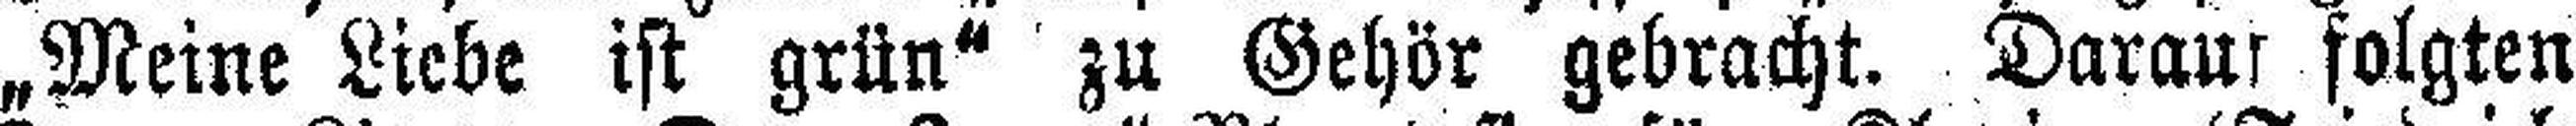
„Meine Liebe ist grün" zu Gehör gebracht. Daraus folgten